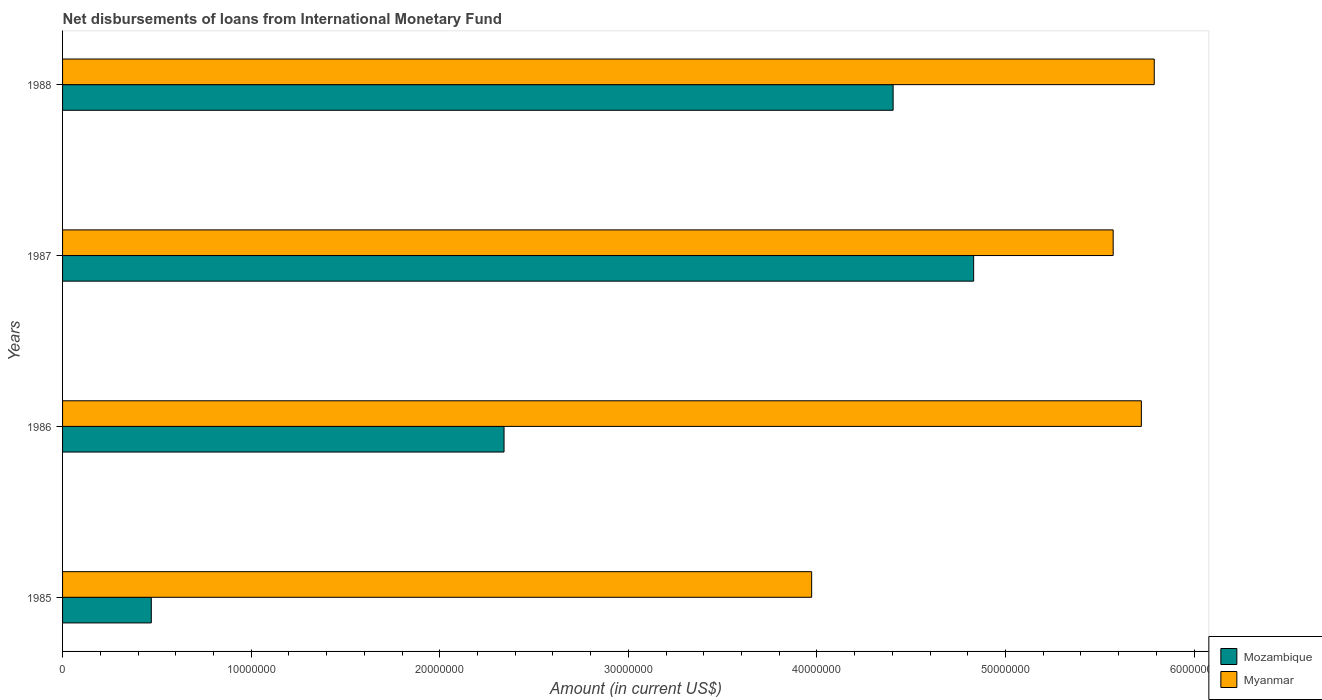
| Years | Mozambique | Myanmar |
 | --- | --- | --- |
 | 1985 | 4.70e+06 | 3.97e+07 |
 | 1986 | 2.34e+07 | 5.72e+07 |
 | 1987 | 4.83e+07 | 5.57e+07 |
 | 1988 | 4.4e+07 | 5.79e+07 |